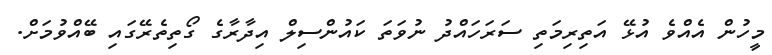
މީހުން އެއްވެ އުޅޭ އަތިރިމަތި ސަރަހައްދު ނުވަތަ ކައުންސިލް އިދާރާގެ ގޯތިތެރޭގައި ބޭއްވުމަށް.